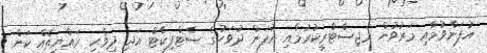
އުފަންވުމާއި މަރުވުން ރަޖިސްޓްރީކުރުމާއި އުފަން ދުވަހުގެ ސެޓްފިކެޓް އަދި ދިވެހި ރައްޔިތެއް ކަން